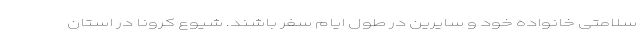
سلامتی خانواده خود و سایرین در طول ایام سفر باشند. شیوع کرونا در استان